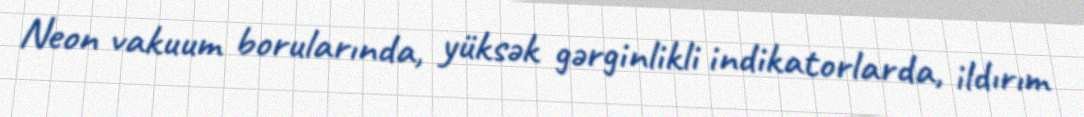
Neon vakuum borularında, yüksək gərginlikli indikatorlarda, ildırım